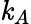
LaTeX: \mathit{k}_{A}